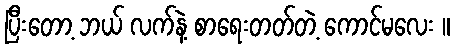
ပြီးတော့ ဘယ် လက်နဲ့ စာရေးတတ်တဲ့ ကောင်မလေး ။